画像に写った文字を読んでください
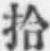
「拾」と書いてあります